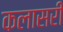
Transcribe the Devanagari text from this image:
कलासरी